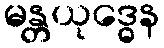
မန္တယုဒ္ဓေန